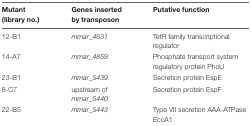
| Mutant (library no.) | Genes inserted by transposon | Putative function |
 | --- | --- | --- |
 | 12-B1 | mmar_4631 | TetR family transcriptional regulator |
 | 14-A7 | mmar_4859 | Phosphate transport system regulatory protein PhoU |
 | 23-B1 | mmar_5439 | Secretion protein EspE |
 | 8-C7 | upstream of mmar_5440 | Secretion protein EspF |
 | 22-B5 | mmar_5443 | Type VII secretion AAA-ATPase EccA1 |